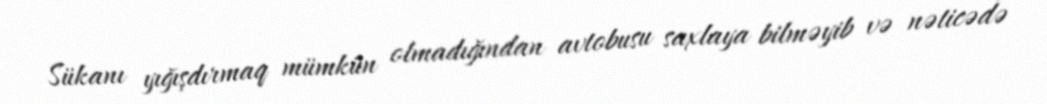
Sükanı yığışdırmaq mümkün olmadığından avtobusu saxlaya bilməyib və nəticədə